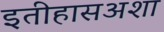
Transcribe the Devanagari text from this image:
इतीहासअशा